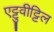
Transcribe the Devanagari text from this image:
एट्टुवीट्टिल